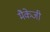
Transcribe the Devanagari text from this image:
मैकेजी